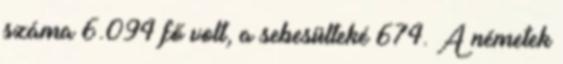
száma 6.094 fő volt, a sebesülteké 674. A németek